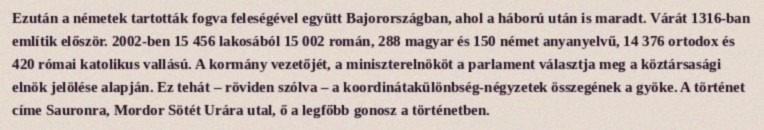
Ezután a németek tartották fogva feleségével együtt Bajorországban, ahol a háború után is maradt. Várát 1316-ban említik először. 2002-ben 15 456 lakosából 15 002 román, 288 magyar és 150 német anyanyelvű, 14 376 ortodox és 420 római katolikus vallású. A kormány vezetőjét, a miniszterelnököt a parlament választja meg a köztársasági elnök jelölése alapján. Ez tehát – röviden szólva – a koordinátakülönbség-négyzetek összegének a gyöke. A történet címe Sauronra, Mordor Sötét Urára utal, ő a legfőbb gonosz a történetben.